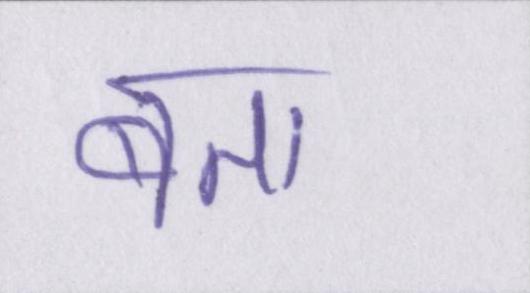
बता